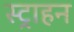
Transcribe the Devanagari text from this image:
स्ट्राहन